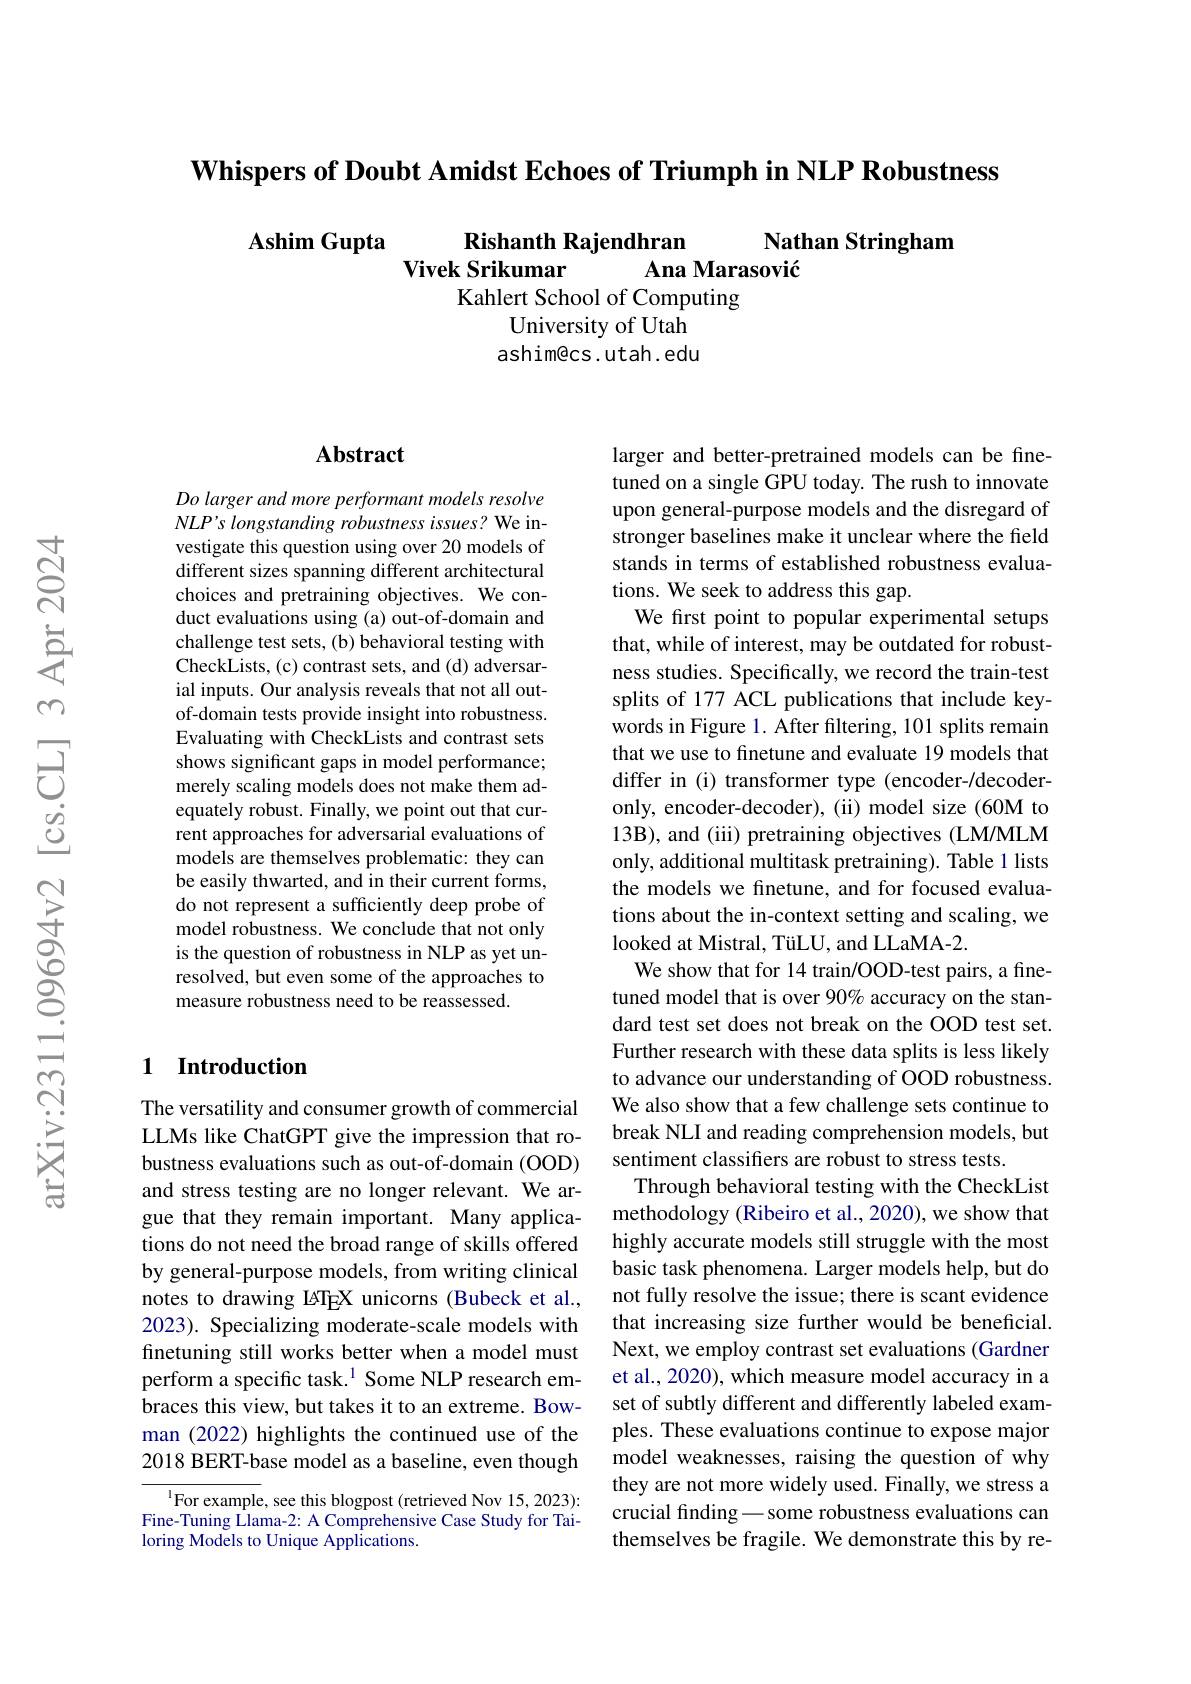
$\textbf{Whispers of Doubt Amidst Echoes of Triumph in NLP Robustness}$

Ashim Gupta
Rishanth Rajendhran
Nathan Stringham
Vivek Srikumar Ana Marasović
Kahlert School of Computing
University of Utah ashim@cs.utah.edu

## Abstract

Do larger and more performant models resolve NLP's longstanding robustness issues? We investigate this question using over 20 models of different sizes spanning different architectural choices and pretraining objectives. We conduct evaluations using (a) out-of-domain and challenge test sets, (b) behavioral testing with CheckLists, (c) contrast sets, and (d) adversarial inputs. Our analysis reveals that not all outof-domain tests provide insight into robustness. Evaluating with CheckLists and contrast sets shows significant gaps in model performance; merely scaling models does not make them adequately robust. Finally, we point out that current approaches for adversarial evaluations of models are themselves problematic: they can be easily thwarted, and in their current forms, do not represent a sufficiently deep probe of model robustness. We conclude that not only is the question of robustness in NLP as yet unresolved, but even some of the approaches to measure robustness need to be reassessed.

## 1 Introduction

The versatility and consumer growth of commercial LLMs like ChatGPT give the impression that robustness evaluations such as out-of-domain (OOD) and stress testing are no longer relevant. We argue that they remain important. Many applications do not need the broad range of skills offered by general-purpose models, from writing clinical notes to drawing ETEX unicorns (Bubeck et al., 2023). Specializing moderate-scale models with finetuning still works better when a model must perform a specific task.$^{1}$ Some NLP research embraces this view, but takes it to an extreme. Bowman (2022) highlights the continued use of the 2018 BERT-base model as a baseline, even though

${^{1}\text{For example, see this blogpost(retrieved Nov 15,2023):}}$ Fine-Tuning Llama-2: A Comprehensive Case Study for Tailoring Models to Unique Applications.

larger and better-pretrained models can be finetuned on a single GPU today. The rush to innovate upon general-purpose models and the disregard of stronger baselines make it unclear where the field stands in terms of established robustness evaluations. We seek to address this gap.
We first point to popular experimental setups that, while of interest, may be outdated for robustness studies. Specifically, we record the train-test splits of 177 ACL publications that include keywords in Figure 1. After filtering, 101 splits remain that we use to finetune and evaluate 19 models that differ in (i) transformer type (encoder-/decoderonly, encoder-decoder), (ii) model size (60M to 13B), and (iii) pretraining objectives (LM/MLM only, additional multitask pretraining). Table 1 lists the models we finetune, and for focused evaluations about the in-context setting and scaling, we looked at Mistral, TüLU, and LLaMA-2.
We show that for 14 train/OOD-test pairs, a finetuned model that is over 90% accuracy on the standard test set does not break on the OOD test set. Further research with these data splits is less likely to advance our understanding of OOD robustness. We also show that a few challenge sets continue to break NLI and reading comprehension models, but sentiment classifers are robust to stress tests.
Through behavioral testing with the CheckList methodology (Ribeiro et al., 2020), we show that highly accurate models still struggle with the most basic task phenomena. Larger models help, but do not fully resolve the issue; there is scant evidence that increasing size further would be beneficial. Next, we employ contrast set evaluations (Gardner et al., 2020), which measure model accuracy in a set of subtly different and differently labeled examples. These evaluations continue to expose major model weaknesses, raising the question of why they are not more widely used. Finally, we stress a crucial finding\_some robustness evaluations can themselves be fragile. We demonstrate this by re-